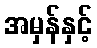
အမှန်နှင့်